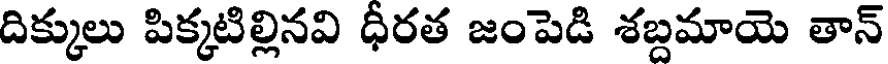
దిక్కులు పిక్కటిల్లినవి ధీరత జంపెడి శబ్దమాయె తాన్